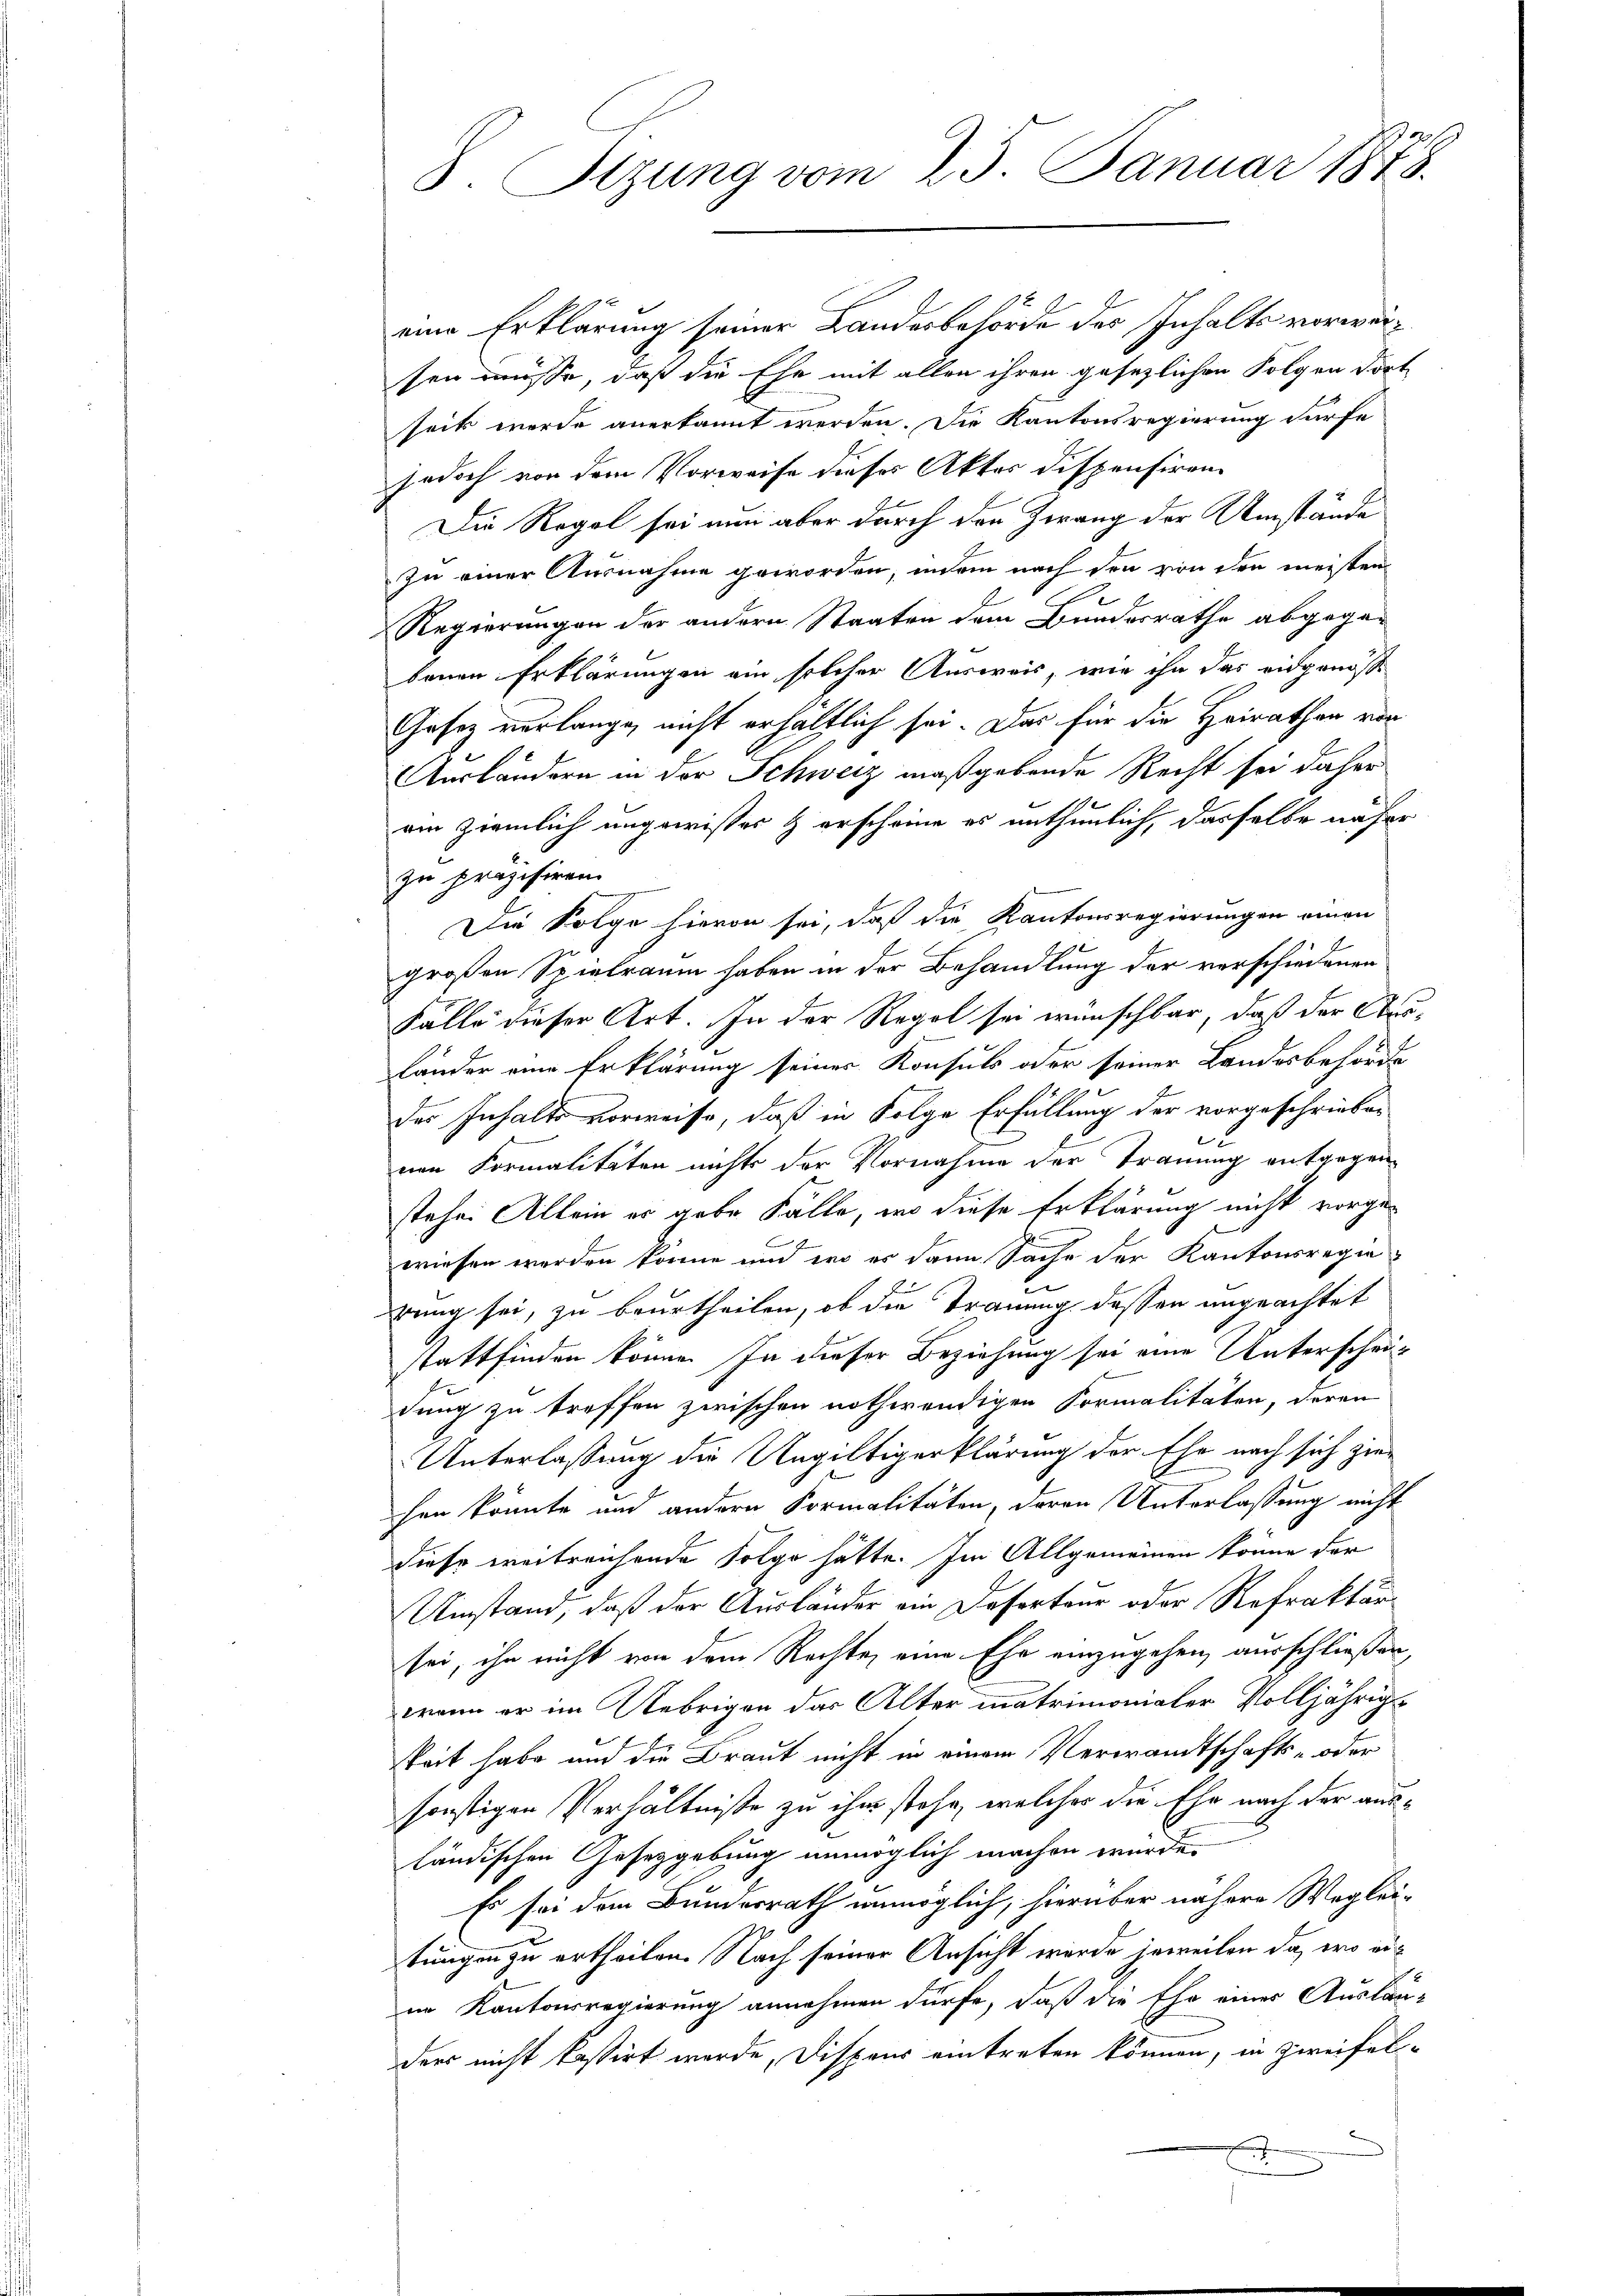
8 Sizung vom 25. Januar 1878.

eine Erklärung seiner Landesbehörde des Inhalts vorwärsen müsse, daß die Ehe mit allen ihren gesezlichen Folgen dort
seit werde anerkannt werden. Die Kantonsregierung dürfe
jedoch von dem Vorweise dieses Aktes dispensiren
Die Regel sei nun aber durch den Zwang der Umstände
zu einer Ausnahme geworden, indem nach den von den meisten
Regierungen der andern Staaten dem Bundesrathe abgegen
benen Erklärungen ein solcher Ausweis, wie ihn das eidgenosse
Gesetz verlange, nicht erhältlich sei. Das für die Heirathen von
Ausländern in der Schweiz maßgebende Recht sei daher
am ziemlich ungewisses & erscheine es unthunlich, dasselbe näher
zu präzisiren.
Die Folge hievon sei, daß die Kantonsregierungen einen
großen Seintraum haben in der Behandlung der verschiedenen
Fälle dieser Art. In der Regel sei wünschbar, daß der Aus¬
Lander eine Erklärung seiner Konsuls oder seiner Landesbehörde
des Inhalts vorweise, daß in Folge Erfüllung der vorgeschrieben
x
nen Formalitäten nichts der Vornahme der Trauung entgegen
stehe. Allein er gebe Fälle, wo diese Erklärung nicht vorgewiesen werden könne und er es dann Sache der Kantonsregierung sei, zu beurtheilen, ob die Trauung dessen ungeachtet
stattfinden könne. In dieser Beziehung sei eine Unterscheidung zu treffen zwischen nothwendigen Formalitäten, deren
Unterlassung die Ungültigerklärung der Ehe nach sich ziehen könnte und andern Formalitäten, deren Unterlassung nicht
diese weitreichende Folge hätte. Im Allgemeinen könne der
Umstand, daß der Ausländer ein Deserteur oder Refraktär
sei, ihn nicht von dem Rechte, eine Ehe einzugehen, ausschließen
wann er im Uebrigen das Alter matrimonialer Volljährige
keit habe und die Braut nicht in einem Verwandtschafts- oder
sonstigen Verhältniße zu ihm stehe, welches die Ehe nach der ausländischen Gesetzgebung unmöglich machen wurde.
Es sei dem Bundesrath unmöglich, hierüber nähere Wegleitungen zu ertheilen. Nach seiner Ansicht wurde jeweilen da, wo erim Kantonsregierung annehmen dürfe, daß die Ehe einer Auslän-
ders nicht kastirt wurde, Dispons eintreten können, in zweifel-